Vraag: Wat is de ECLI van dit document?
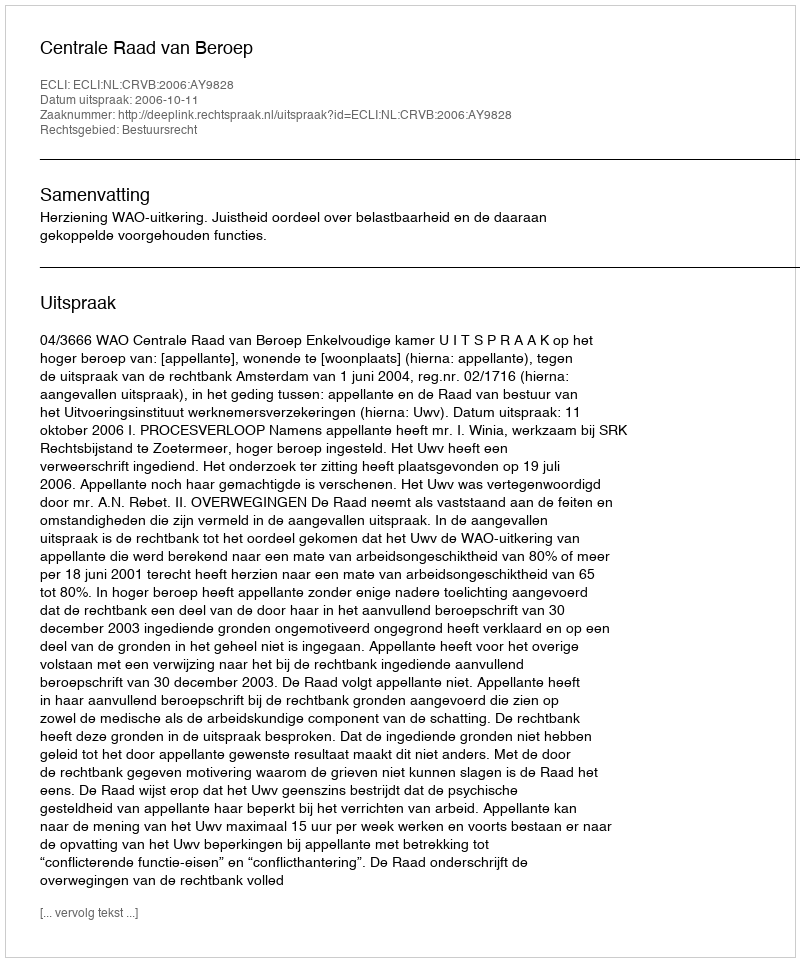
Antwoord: ECLI:NL:CRVB:2006:AY9828